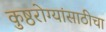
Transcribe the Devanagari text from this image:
कुष्ठरोग्यांसाठीचा